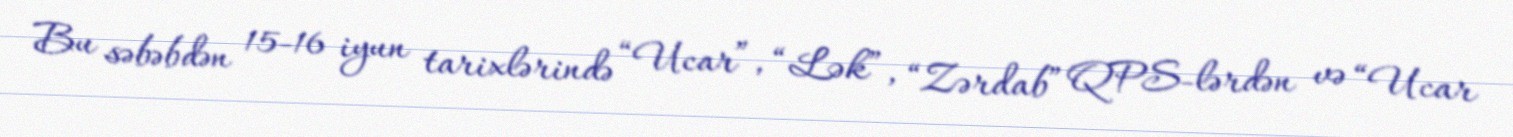
Bu səbəbdən 15-16 iyun tarixlərində “Ucar”, “Lək”, “Zərdab” QPS-lərdən və “Ucar